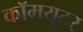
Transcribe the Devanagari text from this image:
कॉमयूटर